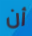
أن